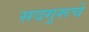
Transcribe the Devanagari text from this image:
सदगुरूचे